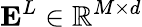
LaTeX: \mathbf{E}^{L}\in\mathbb{R}^{M\times d}